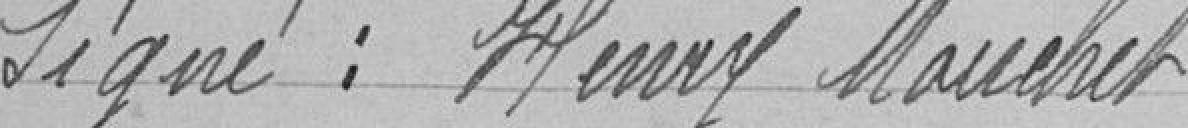
Signé : Henry Mauchet